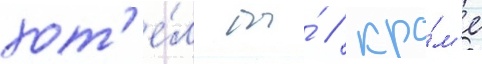
хот'е́л бы́ / кро́м'е